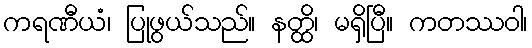
ကရဏီယံ၊ ပြုဖွယ်သည်။ နတ္ထိ၊ မရှိပြီ။ ကတဿဝါ၊